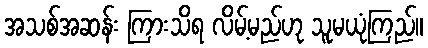
အသစ်အဆန်း ကြားသိရ လိမ့်မည်ဟု သူမယုံကြည်။